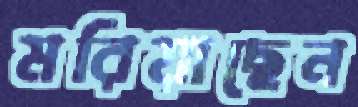
মরিয়াছেন